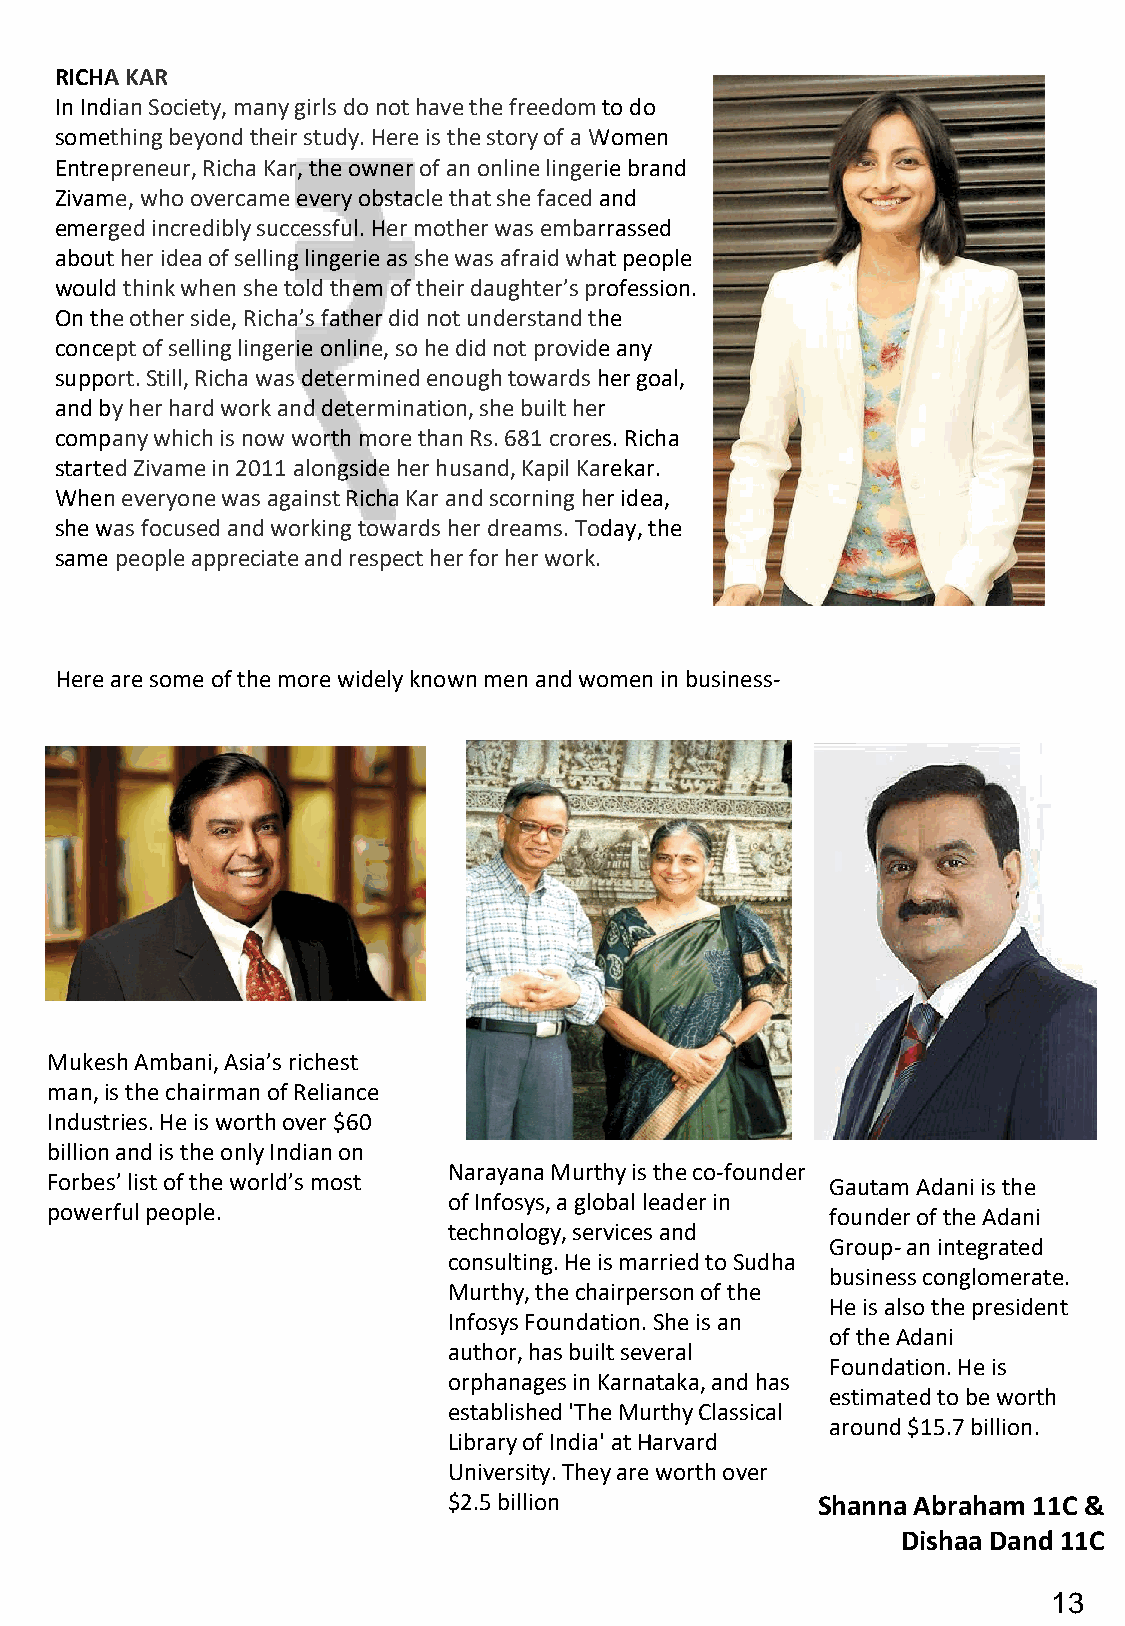
RICHA KAR
 In Indian Society, many girls do not have the freedom to do
 something beyond their study. Here is the story of aWomen
 Entrepreneur, Richa Kar, the owner of an online lingerie brand
 Zivame, who overcame every obstacle that she faced and
 emerged incredibly successful. Her mother was embarrassed
 about her idea of selling lingerie as she was afraid what people
 would think when she told them of their daughter’s profession.
 On the other side, Richa’s father did not understand the
 concept of selling lingerie online, so he did not provide any
 support. Still, Richa was determined enough towards her goal,
 and by her hard work and determination, she built her
 company which is now worth more than Rs. 681 crores. Richa
 started Zivame in 2011 alongside her husand, Kapil Karekar.
 When everyone was against Richa Kar and scorning her idea,
 she was focused and working towards her dreams. Today, the
 same people appreciate and respect her for her work.
 Here are some of the more widely known men and women in business-
 Mukesh Ambani, Asia’s richest
 man, is the chairman of Reliance
 Industries. He is worth over $60
 billion and is the only Indian on
 Narayana Murthy is the co-founder
 Forbes’ list of the world’s most                    Gautam Adani is the
 of Infosys, a global leader in
 powerful people.                                    founder of the Adani
 technology, services and
 Group-an integrated
 consulting. He is married to Sudha
 business conglomerate.
 Murthy, the chairperson of the
 He is also the president
 Infosys Foundation. She is an
 of the Adani
 author, has built several
 Foundation. He is
 orphanages in Karnataka, and has
 estimated to be worth
 established 'The Murthy Classical
 around $15.7 billion.
 Library of India' atHarvard
 University. They are worth over
 $2.5 billion            Shanna Abraham 11C &
 DishaaDand11C
 13